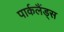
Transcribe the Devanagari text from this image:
पार्कलैंड्स